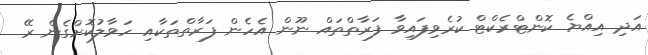
އަދި އިއްޔެ ކޮންޓްރެކްޓް ކުރެވިފައިވާ ފަރާތްތައް ނޫން އެހެން ފަރާތްތަކާއި ހަވާލުކޮށްގެން ރޭ